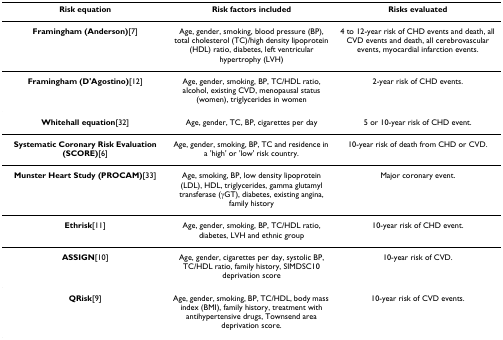
<table><thead><tr><td><b>Risk equation</b></td><td><b>Risk factors included</b></td><td><b>Risks evaluated</b></td></tr></thead><tbody><tr><td><b>Framingham (Anderson)</b>[7]</td><td>Age, gender, smoking, blood pressure (BP), total cholesterol (TC)/high density lipoprotein (HDL) ratio, diabetes, left ventricular hypertrophy (LVH)</td><td>4 to 12-year risk of CHD events and death, all CVD events and death, all cerebrovascular events, myocardial infarction events.</td></tr><tr><td><b>Framingham (D&#x27;Agostino)</b>[12]</td><td>Age, gender, smoking, BP, TC/HDL ratio, alcohol, existing CVD, menopausal status (women), triglycerides in women</td><td>2-year risk of CHD events.</td></tr><tr><td><b>Whitehall equation</b>[32]</td><td>Age, gender, TC, BP, cigarettes per day</td><td>5 or 10-year risk of CHD event.</td></tr><tr><td><b>Systematic Coronary Risk Evaluation (SCORE)</b>[6]</td><td>Age, gender, smoking, BP, TC and residence in a &#x27;high&#x27; or &#x27;low&#x27; risk country.</td><td>10-year risk of death from CHD or CVD.</td></tr><tr><td><b>Munster Heart Study (PROCAM)</b>[33]</td><td>Age, smoking, BP, low density lipoprotein (LDL), HDL, triglycerides, gamma glutamyl transferase (γGT), diabetes, existing angina, family history</td><td>Major coronary event.</td></tr><tr><td><b>Ethrisk</b>[11]</td><td>Age, gender, smoking, BP, TC/HDL ratio, diabetes, LVH and ethnic group</td><td>10-year risk of CHD event.</td></tr><tr><td><b>ASSIGN</b>[10]</td><td>Age, gender, cigarettes per day, systolic BP, TC/HDL ratio, family history, SIMDSC10 deprivation score</td><td>10-year risk of CVD.</td></tr><tr><td><b>QRisk</b>[9]</td><td>Age, gender, smoking, BP, TC/HDL, body mass index (BMI), family history, treatment with antihypertensive drugs, Townsend area deprivation score.</td><td>10-year risk of CVD events.</td></tr></tbody></table>